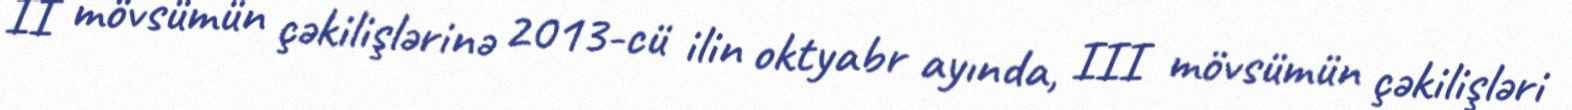
II mövsümün çəkilişlərinə 2013-cü ilin oktyabr ayında, III mövsümün çəkilişləri